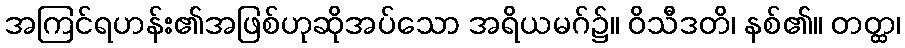
အကြင်ရဟန်း၏အဖြစ်ဟုဆိုအပ်သော အရိယမဂ်၌။ ဝိသီဒတိ၊ နစ်၏။ တတ္ထ၊